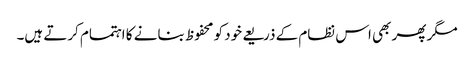
مگر پھر بھی اس نظام کے ذریعے خود کو محفوظ بنانے کا اہتمام کرتے ہیں۔